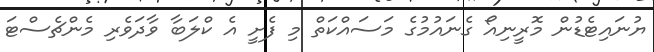
ޔުނައިޓެޑުން މޮރީނިއޯ ގެނައުމުގެ މަސައްކަތް މި ފެށީ އެ ކްލަބާ ވާދަވެރި މެންޗެސްޓަ